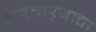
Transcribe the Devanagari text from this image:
कर्मचार्‍याचा